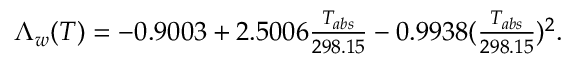
\begin{array} { r } { \Lambda _ { w } ( T ) = - 0 . 9 0 0 3 + 2 . 5 0 0 6 \frac { T _ { a b s } } { 2 9 8 . 1 5 } - 0 . 9 9 3 8 ( \frac { T _ { a b s } } { 2 9 8 . 1 5 } ) ^ { 2 } . } \end{array}